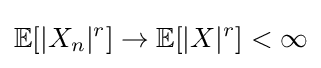
\mathbb {E} [|X_{n}|^{r}]\rightarrow \mathbb {E} [|X|^{r}]<\infty